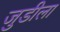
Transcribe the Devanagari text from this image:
जुडीला